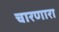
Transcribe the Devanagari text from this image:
चारणारा